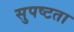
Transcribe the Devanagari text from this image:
सुपष्टता